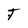
Character: T